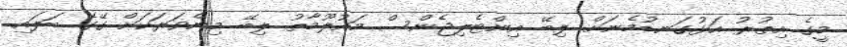
މީގެ އިތުރު އަޅުގަނޑުމެނަށް ލިބޭ އިންޓެލިޖެންސް މައުލޫމާތު ލިބޭ މިންވަރަކަށް ގޭގެ ބަލައި